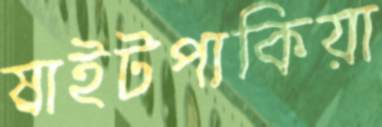
ষাইটপাকিয়া